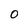
Character: 0